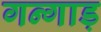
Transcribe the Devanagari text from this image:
गन्गाड़